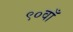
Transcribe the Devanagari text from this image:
९०वाँ